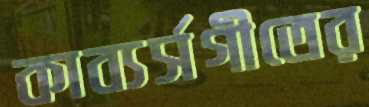
কাব্যর্সগীতের